Report of the Indian Hemp Drugs Commission, 1894-1895 - Volume VIII
Year: 1894
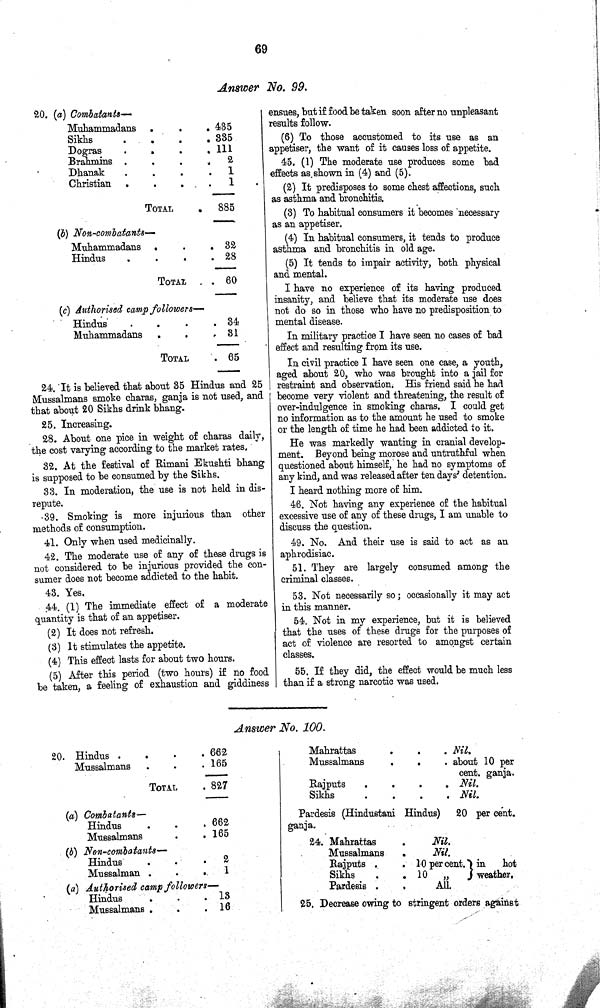
69
Answer No. 99.
20. (a) Combatants—
Muhammadans
435
Sikhs
335
Dogras
111
Brahmins
2
Dhanak
1
Christian
1
TOTAL
885
(b) Non-combatants—
Muhammadans
32
Hindus
28
TOTAL
60
(c) Authorised camp followers—
Hindus
34
Muhammadans
31
TOTAL
65
24. It is believed that about 35 Hindus and 25
Mussalmans smoke charas, ganja is not used, and
that about 20 Sikhs drink bhang.
25. Increasing.
28. About one pice in weight of charas daily,
the cost varying according to the market rates.
32. At the festival of Rimani Ekushti bhang
is supposed to be consumed by the Sikhs.
33. In moderation, the use is not held in dis-
repute.
39. Smoking is more injurious than other
methods of consumption.
41. Only when used medicinally.
42. The moderate use of any of these drugs is
not considered to be injurious provided the con-
sumer does not become addicted to the habit.
43. Yes.
44. (1) The immediate effect of a moderate
quantity is that of an appetiser.
(2) It does not refresh.
(3) It stimulates the appetite.
(4) This effect lasts for about two hours.
(5) After this period (two hours) if no food
be taken, a feeling of exhaustion and giddiness
ensues, but if food be taken soon after no unpleasant
results follow.
(6) To those accustomed to its use as an
appetiser, the want of it causes loss of appetite.
45. (1) The moderate use produces some bad
effects as shown in (4) and (5).
(2) It predisposes to some chest affections, such
as asthma and bronchitis.
(3) To habitual consumers it becomes necessary
as an appetiser.
(4) In habitual consumers, it tends to produce
asthma and bronchitis in old age.
(5) It tends to impair activity, both physical
and mental.
I have no experience of its having produced
insanity, and believe that its moderate use does
not do so in those who have no predisposition to
mental disease.
In military practice I have seen no cases of bad
effect and resulting from its use.
In civil practice I have seen one case, a youth,
aged about 20, who was brought into a jail for
restraint and observation. His friend said he had
become very violent and threatening, the result of
over-indulgence in smoking charas. I could get
no information as to the amount he used to smoke
or the length of time he had been addicted to it.
He was markedly wanting in cranial develop-
ment. Beyond being morose and untruthful when
questioned about himself, he had no symptoms of
any kind, and was released after ten days' detention.
I heard nothing more of him.
46. Not having any experience of the habitual
excessive use of any of these drugs, I am unable to
discuss the question.
49. No. And their use is said to act as an
aphrodisiac.
51. They are largely consumed among the
criminal classes.
53. Not necessarily so; occasionally it may act
in this manner.
54. Not in my experience, but it is believed
that the uses of these drugs for the purposes of
act of violence are resorted to amongst certain
classes.
55. If they did, the effect would be much less
than if a strong narcotic was used.
Answer No. 100.
20. Hindus
662
Mussalmans
165
TOTAL
827
(a) Combatants—
Hindus
662
Mussalmans
165
(b) Non-combatants—
Hindus
2
Mussalman
1
(a) Authorised camp followers—
Hindus
13
Mussalmans
16
Mahrattas
Nil.
Mussalmans
about 10 per
cent. ganja.
Rajputs
Nil.
Sikhs
Nil.
Pardesis (Hindustani Hindus) 20 per cent.
ganja.
24. Mahrattas
Nil.
Mussalmans
Nil.
Rajputs
10 per cent. in hot
weather.
Sikhs
10 "
in hot
weather.
Pardesis
All.
25. Decrease owing to stringent orders against